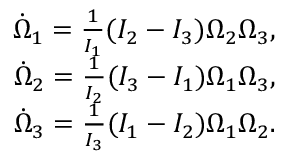
\begin{array} { r } { \dot { \Omega } _ { 1 } = \frac { 1 } { I _ { 1 } } ( I _ { 2 } - I _ { 3 } ) \Omega _ { 2 } \Omega _ { 3 } , } \\ { \dot { \Omega } _ { 2 } = \frac { 1 } { I _ { 2 } } ( I _ { 3 } - I _ { 1 } ) \Omega _ { 1 } \Omega _ { 3 } , } \\ { \dot { \Omega } _ { 3 } = \frac { 1 } { I _ { 3 } } ( I _ { 1 } - I _ { 2 } ) \Omega _ { 1 } \Omega _ { 2 } . } \end{array}